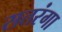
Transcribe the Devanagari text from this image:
सतरंगा